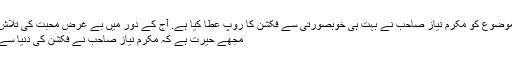
بہت ہی عمدہ افسانہ ہے. ایک عام سے موضوع کو مکرم نیاز صاحب نے بہت ہی خوبصورتی سے فکشن کا روپ عطا کیا ہے. آج کے دور میں بے غرض محبت کی تلاش کا انجام اس افسانہ میں پیش کیا گیا ہے
مجھے حیرت ہے کہ مکرم نیاز صاحب نے فکشن کی دنیا سے کنارہ کشی کیوں اختیار کر رکھی ہے؟